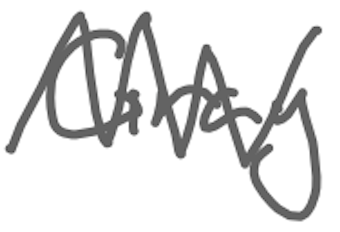
Text: Gray
Cross-out: zig-zag
Writing tool: digital_gray